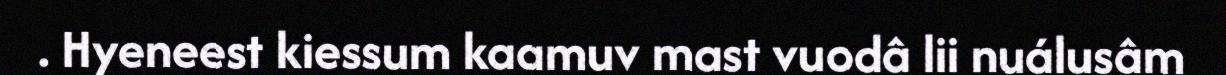
. Hyeneest kiessum kaamuv mast vuodâ lii nuálusâm